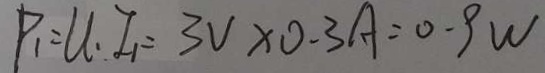
P _ { 1 } = U . I _ { 1 } = 3 V \times 0 . 3 A = 0 . 9 W